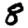
Digit: 8